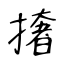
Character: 撦